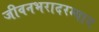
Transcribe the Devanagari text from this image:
जीवनभरादरम्यान